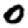
Digit: 0